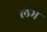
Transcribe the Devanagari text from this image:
लभ